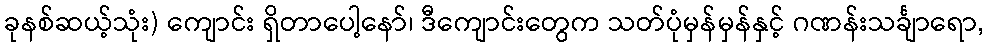
ခုနစ်ဆယ့်သုံး) ကျောင်း ရှိတာပေါ့နော်၊ ဒီကျောင်းတွေက သတ်ပုံမှန်မှန်နှင့် ဂဏန်းသင်္ချာရော,